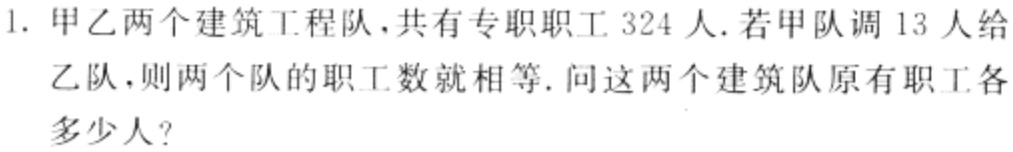
1. 甲乙两个建筑工程队，共有专职职工 324 人. 若甲队调 13 人给乙队，则两个队的职工数就相等. 问这两个建筑队原有职工各多少人?